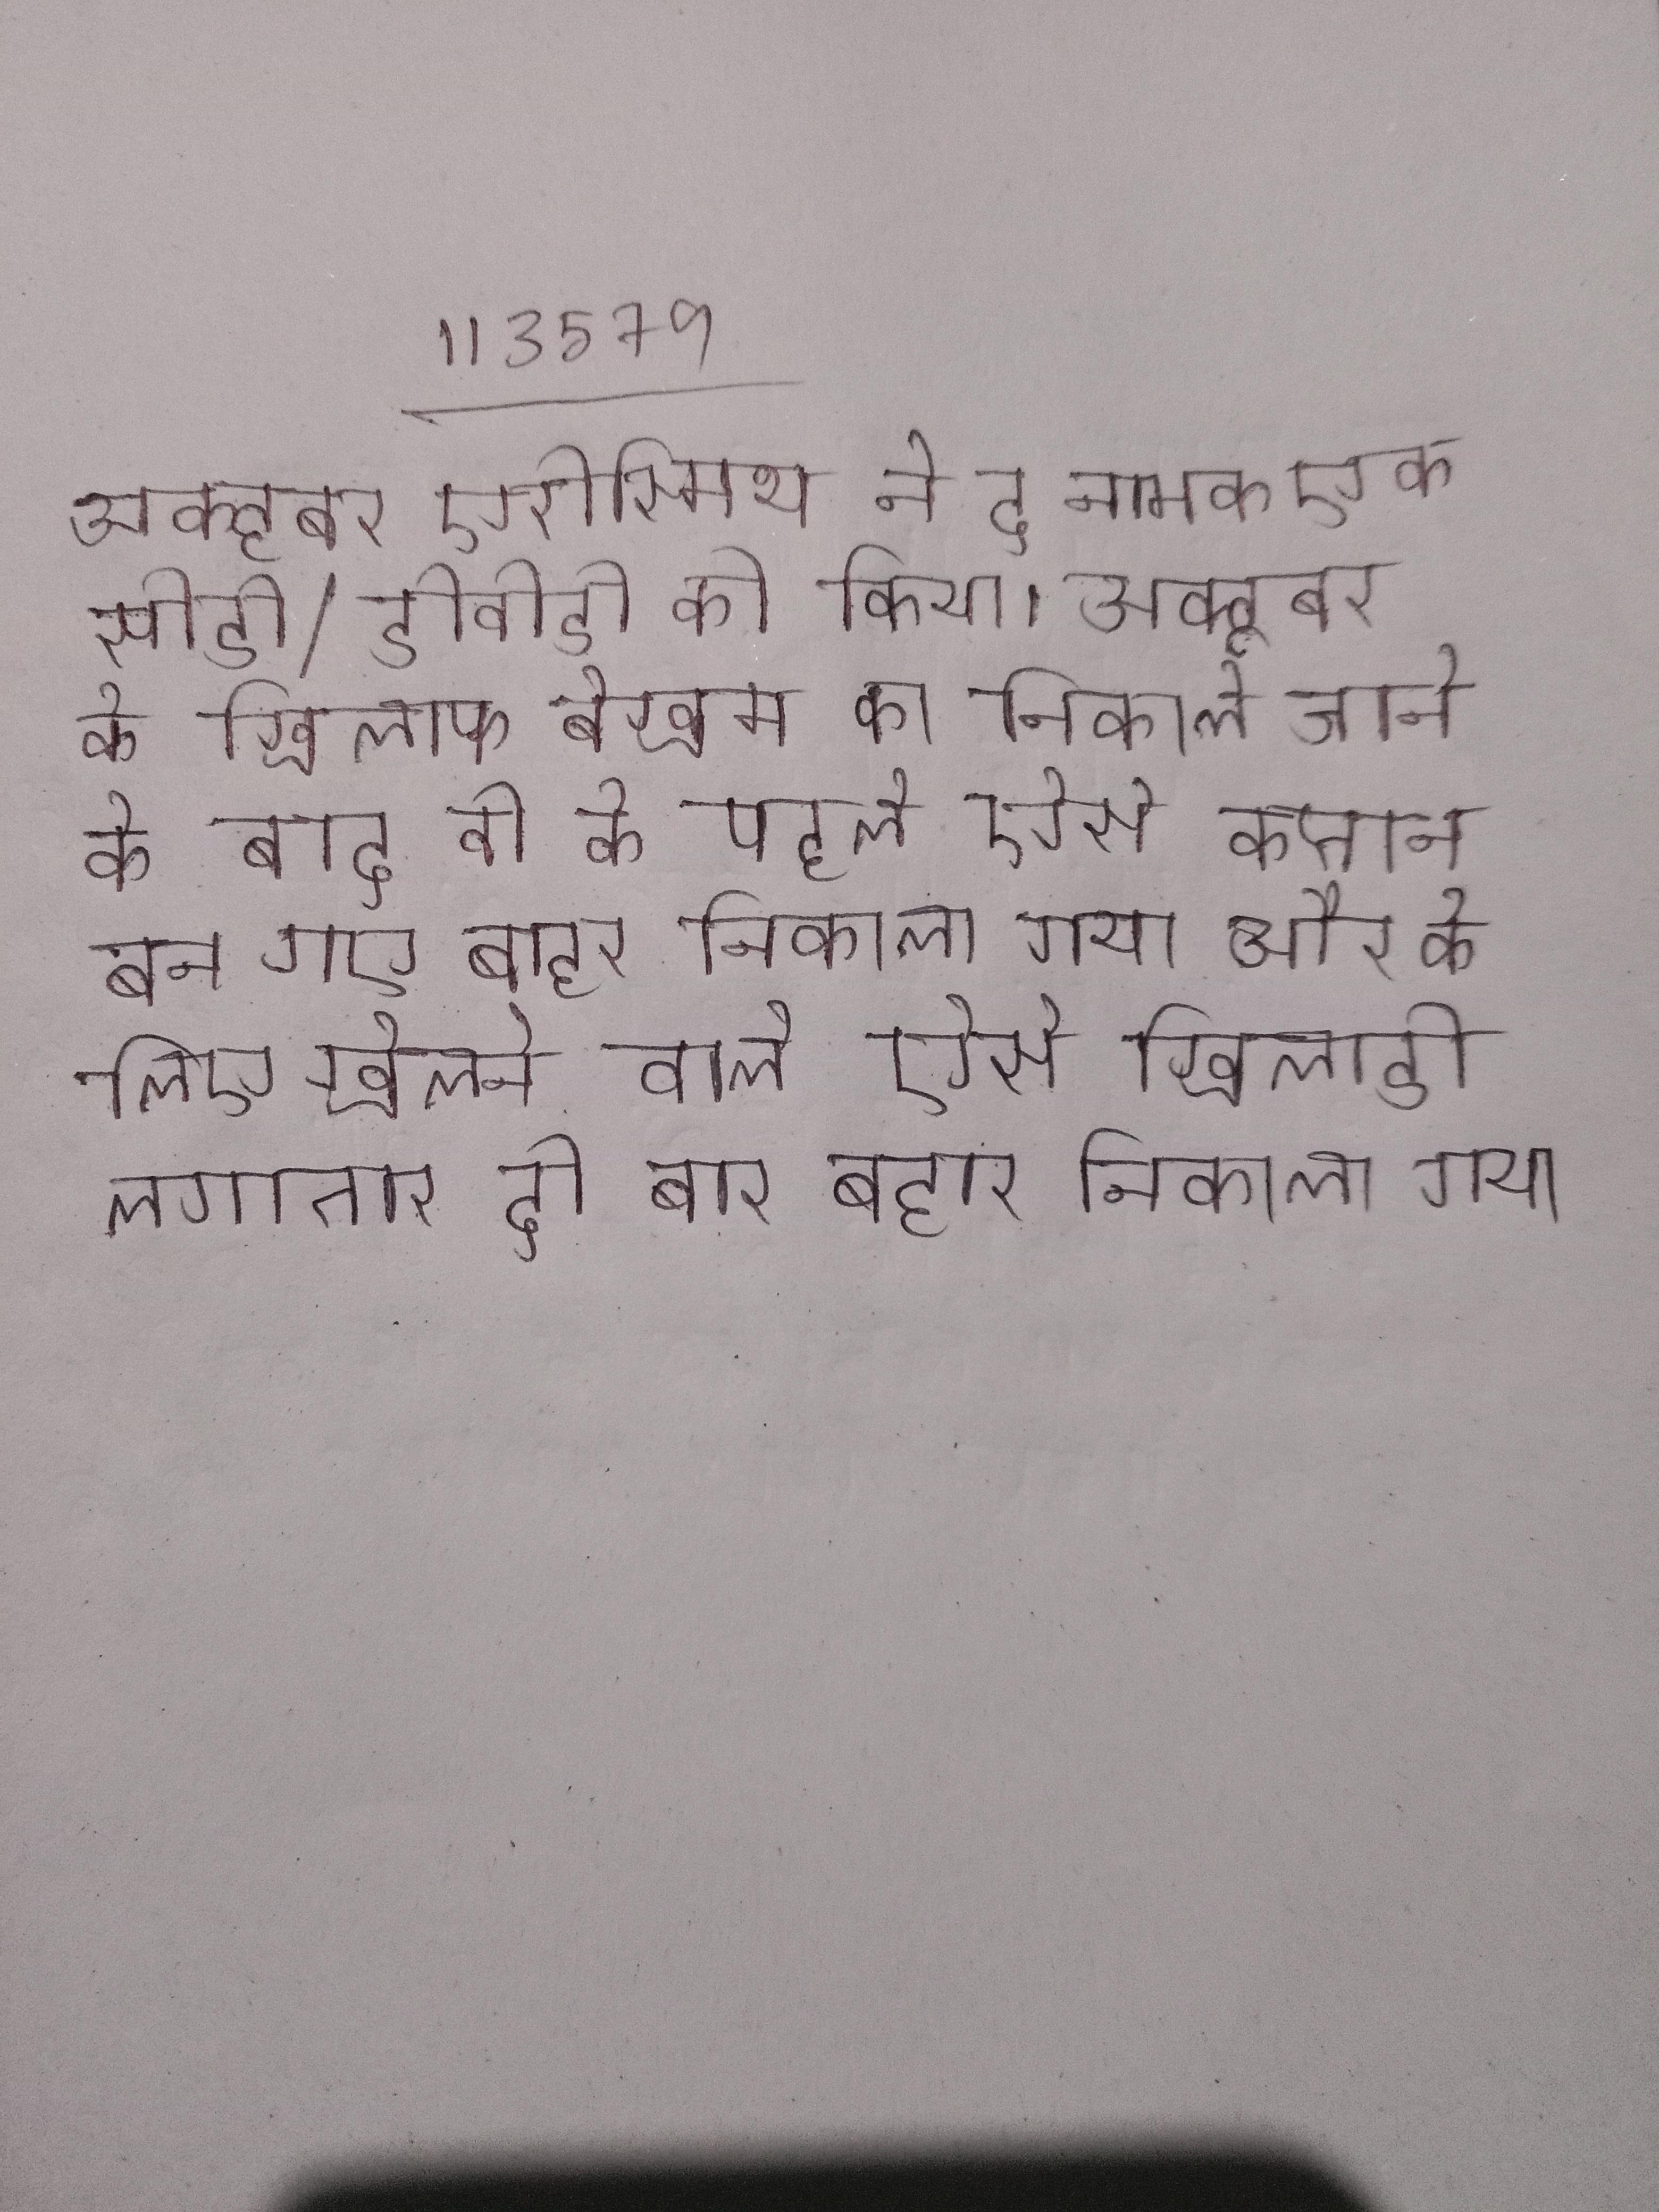
अक्टूबर एरोस्मिथ ने द नामक एक सीडी/डीवीडी को किया । अक्टूबर के खिलाफ बेखम का निकाले जाने के बाद वो के पहले ऐसे कप्तान बन गए बाहर निकाला गया और के लिए खेलने वाले ऐसे खिलाडी लगातार दो बार बहार निकाला गया ।